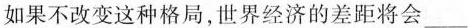
如果不改变这种格局，世界经济的差距将会___